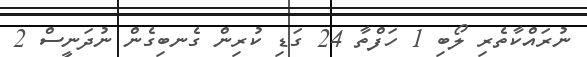
ނުރައްކާތެރި ލޯބި 1 ހަފްތާ 24 ގަޑި ކުރިން ގެނބިގެން ނުދަނީސް 2